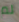
لم